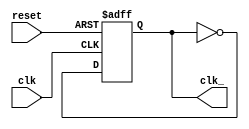
module FreqDiv(
    input reset, clk,
    output reg clk_
);
always @(negedge reset or posedge clk)
    if (~reset) 
        clk_ <= 1;
     else
        clk_ <= ~clk_;
  

endmodule